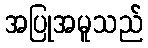
အပြုအမူသည်